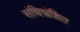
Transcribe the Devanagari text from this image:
संधिभ्रंशित